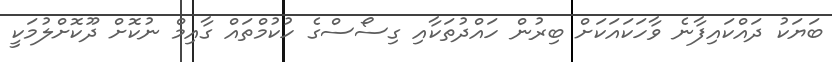
ބަޔަކު ދައްކައިފާނެ ވާހަކައަކަށް ބިރުން ހައްދުތަކާއި ގިސޯސްގެ ހުކުމްތައް ގާއިމް ނުކޮށް ދޫކޮށްލުމަކީ